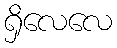
ရှိလေလေ